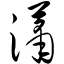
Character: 潇